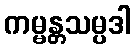
ကမ္မန္တသမ္ပဒါ